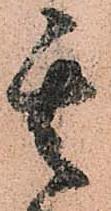
其